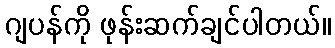
ဂျပန်ကို ဖုန်းဆက်ချင်ပါတယ်။